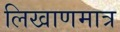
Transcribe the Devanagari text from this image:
लिखाणमात्र